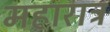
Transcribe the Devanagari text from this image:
महाराट्र